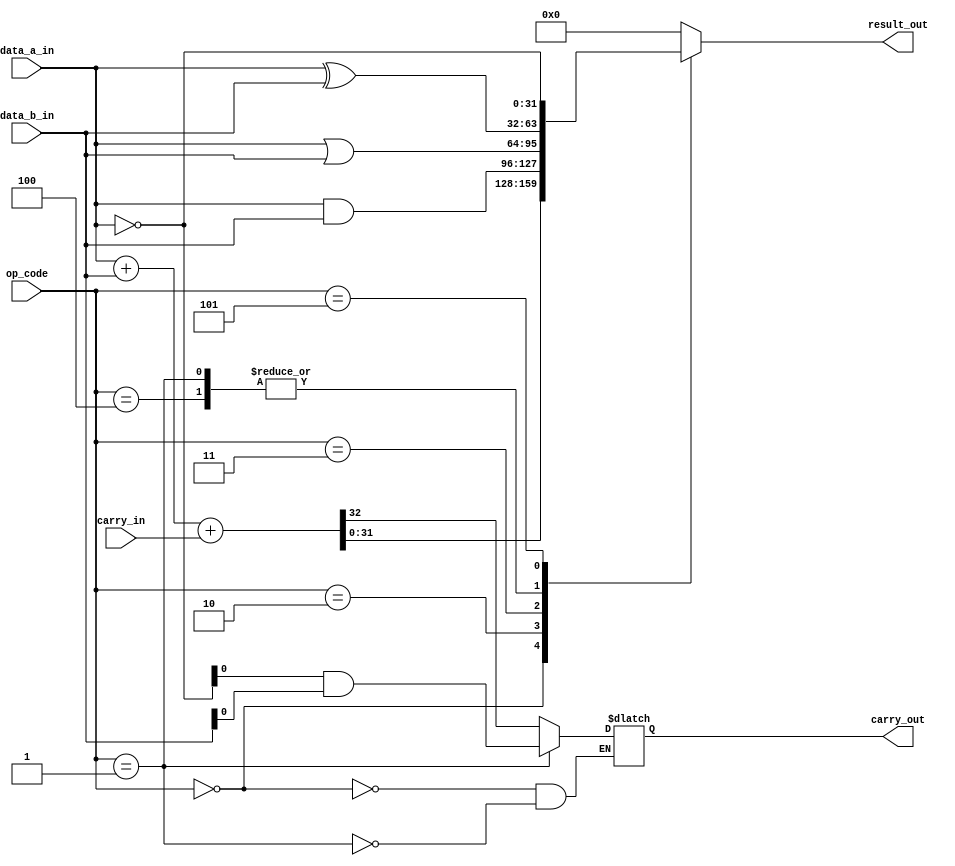
//Design a 32-bit ALU to support six operations including addition(), subtraction(), and(), or(), xor(), not().
module ALU_32(
	input [31:0] data_a_in,
	input [31:0] data_b_in,
	//
	input carry_in,
	input [3:0] op_code,
	output reg carry_out,
	output reg [31:0] result_out
);
	parameter addition=0,subtraction=1,opand=2,opor=3,opxor=4,opnot=5;
	always@(data_a_in or data_b_in or carry_in or op_code)
		begin
			case(op_code)
				addition:        {carry_out,result_out} <= data_a_in + data_b_in + carry_in;
				subtraction:     {carry_out,result_out} <= {(~data_a_in) & data_b_in , data_a_in ^ data_b_in};
				opand:           result_out <= data_a_in & data_b_in;
				opor:            result_out <= data_a_in | data_b_in;
				opxor:           result_out <= data_a_in ^ data_b_in;
				opnot:           result_out <= ~data_a_in;
				default:         result_out <= 0;
			endcase
		end
endmodule